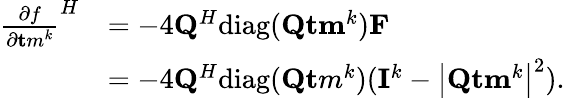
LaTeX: \begin{array}{rl}{{\frac{\partial f}{\partial{\mathbf tm}^{k}}}^{H}}&{=-4{\mathbf Q}^{H}\mathrm{diag}({\mathbf{Q}}{\mathbf{tm}}^{k}){\mathbf F}}\\ &{=-4{\mathbf Q}^{H}\mathrm{diag}({\mathbf Q}{\mathbf tm}^{k})({\mathbf I}^{k}-\left|{\mathbf{Q}}{\mathbf{tm}}^{k}\right|^{2}).}\end{array}